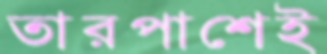
তারপাশেই